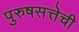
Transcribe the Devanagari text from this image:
पुरुषसत्तेची